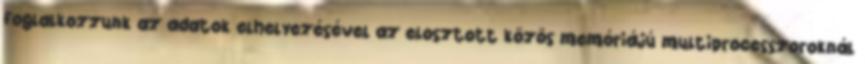
foglalkozzunk az adatok elhelyezésével az elosztott közös memóriájú multiprocesszoroknál